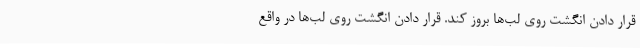
قرار دادن انگشت روی لب‌ها بروز کند. قرار دادن انگشت روی لب‌ها در واقع